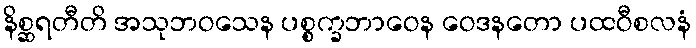
နိစ္ဆရတီတိ အသုဘဝသေန ပစ္စက္ခဘာဝေန ဝေဒနတော ပထဝီစလနံ